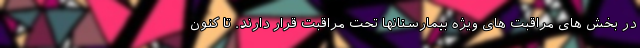
در بخش های مراقبت های ویژه بیمارستانها تحت مراقبت قرار دارند. تا کنون